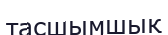
тасшымшық